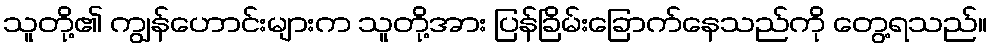
သူတို့၏ ကျွန်ဟောင်းများက သူတို့အား ပြန်ခြိမ်းခြောက်နေသည်ကို တွေ့ရသည်။